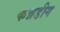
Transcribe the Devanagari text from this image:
कन्नडीग